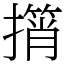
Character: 𢶠